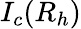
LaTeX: I_{c}(R_{h})